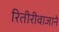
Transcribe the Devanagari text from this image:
रितीरीवाजाने